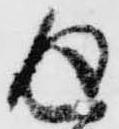
返